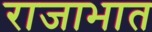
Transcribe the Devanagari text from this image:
राजाभात